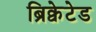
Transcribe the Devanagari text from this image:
ब्रिक्वेटेड